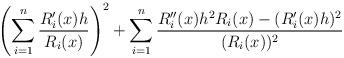
LaTeX: \begin{align*}\left(\sum_{i=1}^n \frac{R_i'(x)h}{R_i(x)}\right)^2+\sum_{i=1}^n\frac{R_i''(x)h^2 R_i(x) - (R_i'(x)h)^2}{(R_i(x))^2}\end{align*}